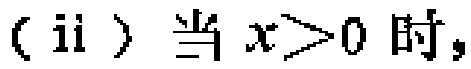
（ii）当 \(x>0\) 时，